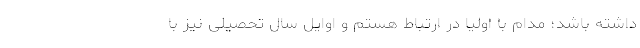
داشته باشد؛ مدام با اولیا در ارتباط هستم و اوایل سال تحصیلی نیز با